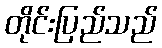
တိုင်းပြည်သည်